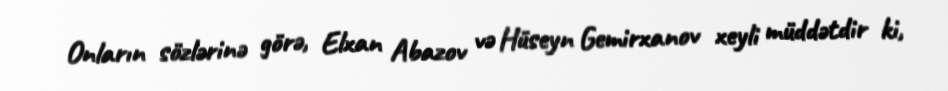
Onların sözlərinə görə, Elxan Abazov və Hüseyn Gemirxanov xeyli müddətdir ki,